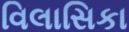
વિલાસિકા